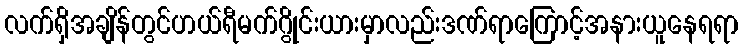
လက်ရှိအချိန်တွင်ဟယ်ရီမက်ဂွိုင်းယားမှာလည်းဒဏ်ရာကြောင့်အနားယူနေရရာ